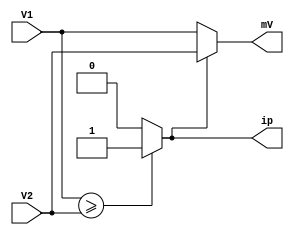
`timescale 1ns / 1ps
//////////////////////////////////////////////////////////////////////////////////
// Company: 
// Engineer: 
// 
// Design Name: 
// Module Name: min_sum_sorting
// Project Name: 
// Target Devices: 
// Tool Versions: 
// Description: 
// 
// Dependencies: 
// 
// Revision:
// Revision 0.01 - File Created
// Additional Comments:
// 
//////////////////////////////////////////////////////////////////////////////////

module min_sum_sorting(V1,V2,mV,ip);

parameter nob = 4;

input [nob:0] V1, V2;
output [nob:0] mV;
output ip;
reg ip;
assign mV = ip? V2:V1;
always @(V1, V2)
begin
if (V1 >= V2)
ip = 1;
else
ip = 0;
end
endmodule